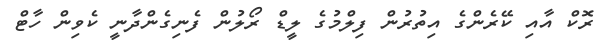
ރޮކް އާއި ކޭރެންގެ އިތުރުން ފިލްމުގެ ލީޑް ރޯލުން ފެނިގެންދާނީ ކެވިން ހާޓް